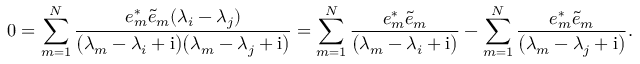
0 = \sum _ { m = 1 } ^ { N } \frac { e _ { m } ^ { * } \tilde { e } _ { m } ( \lambda _ { i } - \lambda _ { j } ) } { \big ( \lambda _ { m } - \lambda _ { i } + \mathrm { i } \big ) \big ( \lambda _ { m } - \lambda _ { j } + \mathrm { i } \big ) } = \sum _ { m = 1 } ^ { N } \frac { e _ { m } ^ { * } \tilde { e } _ { m } } { \big ( \lambda _ { m } - \lambda _ { i } + \mathrm { i } \big ) } - \sum _ { m = 1 } ^ { N } \frac { e _ { m } ^ { * } \tilde { e } _ { m } } { \big ( \lambda _ { m } - \lambda _ { j } + \mathrm { i } \big ) } .